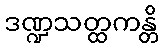
ဒဏ္ဍသတ္ထကန္တိ